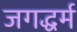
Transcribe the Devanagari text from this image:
जगद्धर्म